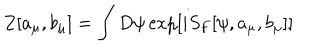
LaTeX: Z [ a _ { \mu } , b _ { \mu } ] = \int D \psi \exp [ i S _ { F } [ \psi , a _ { \mu } , b _ { \mu } ] ]